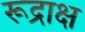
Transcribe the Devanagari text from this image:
रूद्राक्ष